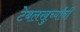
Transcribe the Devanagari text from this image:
टेबलखुर्च्यांची